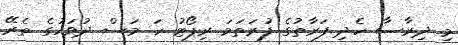
މި ދިރާސާ ހެދި ފަރާތުގެ ފުރަތަމަ ރިޕޯޓު ހަ މަސް ދުވަހުގެ ތެރޭ